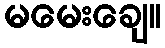
မမေးချေ။